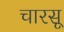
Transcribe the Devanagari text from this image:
चारसू